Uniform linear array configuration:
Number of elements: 64
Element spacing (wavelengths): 0.75
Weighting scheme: hann
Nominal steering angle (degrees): -45
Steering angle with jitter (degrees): -44.998
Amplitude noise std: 0.05
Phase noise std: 0.05

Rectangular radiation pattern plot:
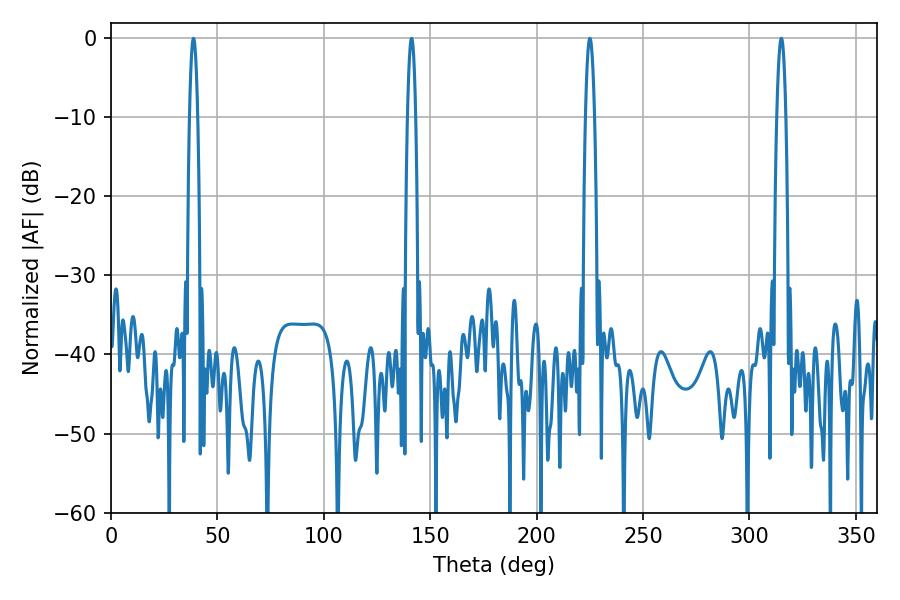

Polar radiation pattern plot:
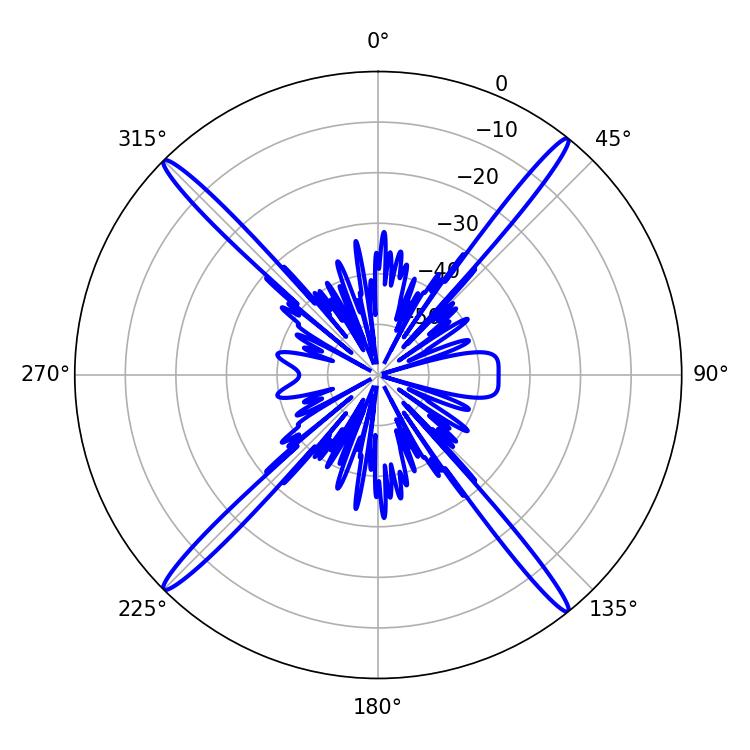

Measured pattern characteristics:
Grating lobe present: TRUE
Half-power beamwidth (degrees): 2.34
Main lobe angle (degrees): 225